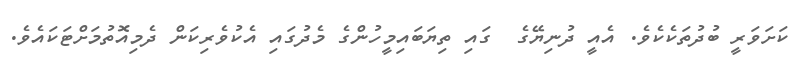
ކަށަވަރީ ބުދުތަކެކެވެ. އެއީ ދުނިޔޭގެ  ގައި ތިޔަބައިމީހުންގެ މެދުގައި އެކުވެރިކަން ދެމިއޮތުމަށްޓަކައެވެ.